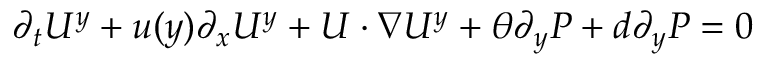
\partial _ { t } U ^ { y } + u ( y ) \partial _ { x } U ^ { y } + U \cdot \nabla U ^ { y } + \theta \partial _ { y } P + d \partial _ { y } P = 0